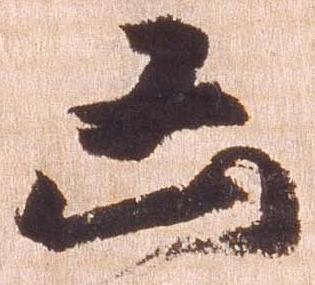
凶